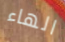
الهاء